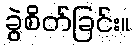
ခွဲစိတ်ခြင်း။